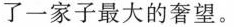
了一家子最大的奢望。